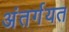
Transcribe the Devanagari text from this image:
अंतर्गयत